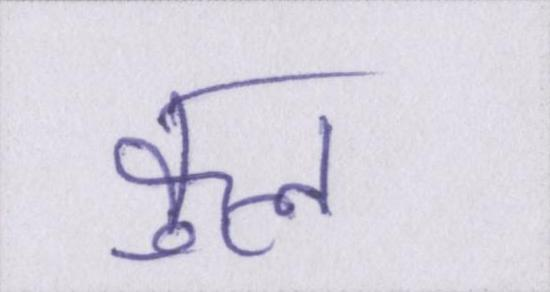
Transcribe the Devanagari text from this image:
कुल